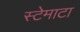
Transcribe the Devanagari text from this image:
स्टेमाटा